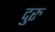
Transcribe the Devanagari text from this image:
दुरु